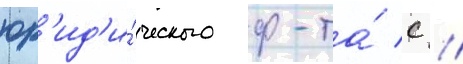
юр'ид'и́ческого ф-та́ с //